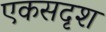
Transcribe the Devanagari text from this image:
एकसदृश